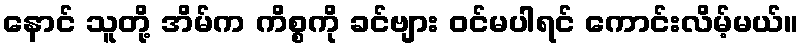
နောင် သူတို့ အိမ်က ကိစ္စကို ခင်ဗျား ဝင်မပါရင် ကောင်းလိမ့်မယ်။